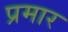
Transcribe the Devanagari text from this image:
प्रमार